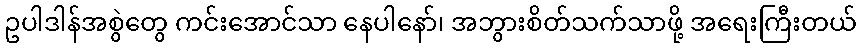
ဥပါဒါန်အစွဲတွေ ကင်းအောင်သာ နေပါနော်၊ အဘွားစိတ်သက်သာဖို့ အရေးကြီးတယ်